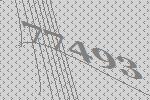
77493